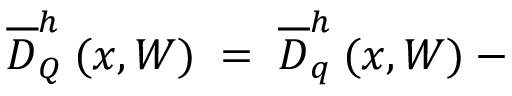
\overline { { { D } } } _ { Q } ^ { h } \: ( x , W ) \; = \; \overline { { { D } } } _ { q } ^ { h } \: ( x , W ) \: - \: